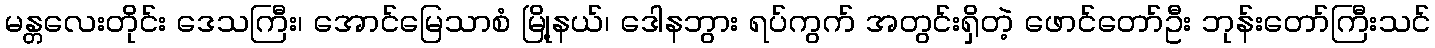
မန္တလေးတိုင်း ဒေသကြီး၊ အောင်မြေသာစံ မြို့နယ်၊ ဒေါနဘွား ရပ်ကွက် အတွင်းရှိတဲ့ ဖောင်တော်ဦး ဘုန်းတော်ကြီးသင်